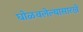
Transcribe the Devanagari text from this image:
घोळवलेल्यासारखे